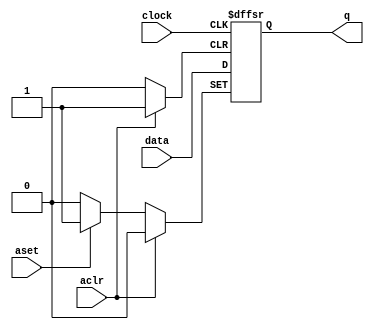
//////////////////////////////////////////////////////////////////////
////                                                              ////
////  Versatile counter                                           ////
////                                                              ////
////  Description                                                 ////
////  Versatile counter, a reconfigurable binary, gray or LFSR    ////
////  counter                                                     ////
////                                                              ////
////  To Do:                                                      ////
////   - add LFSR with more taps                                  ////
////                                                              ////
////  Author(s):                                                  ////
////      - Michael Unneback, unneback@opencores.org              ////
////        ORSoC AB                                              ////
////                                                              ////
//////////////////////////////////////////////////////////////////////
////                                                              ////
//// Copyright (C) 2009 Authors and OPENCORES.ORG                 ////
////                                                              ////
//// This source file may be used and distributed without         ////
//// restriction provided that this copyright statement is not    ////
//// removed from the file and that any derivative work contains  ////
//// the original copyright notice and the associated disclaimer. ////
////                                                              ////
//// This source file is free software; you can redistribute it   ////
//// and/or modify it under the terms of the GNU Lesser General   ////
//// Public License as published by the Free Software Foundation; ////
//// either version 2.1 of the License, or (at your option) any   ////
//// later version.                                               ////
////                                                              ////
//// This source is distributed in the hope that it will be       ////
//// useful, but WITHOUT ANY WARRANTY; without even the implied   ////
//// warranty of MERCHANTABILITY or FITNESS FOR A PARTICULAR      ////
//// PURPOSE.  See the GNU Lesser General Public License for more ////
//// details.                                                     ////
////                                                              ////
//// You should have received a copy of the GNU Lesser General    ////
//// Public License along with this source; if not, download it   ////
//// from http://www.opencores.org/lgpl.shtml                     ////
////                                                              ////
//////////////////////////////////////////////////////////////////////
 
module dff_sr ( aclr, aset, clock, data, q);
 
    input	  aclr;
    input	  aset;
    input	  clock;
    input	  data;
    output reg	  q;
 
   always @ (posedge clock or posedge aclr or posedge aset)
     if (aclr)
       q <= 1'b0;
     else if (aset)
       q <= 1'b1;
     else
       q <= data;
 
endmodule